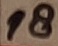
Text: 18